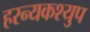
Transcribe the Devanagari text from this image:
हरन्यकश्युप